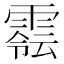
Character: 𩄈